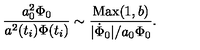
{ \frac { a _ { 0 } ^ { 2 } \Phi _ { 0 } } { a ^ { 2 } ( t _ { i } ) \Phi ( t _ { i } ) } } \sim { \frac { \mathrm { M a x } ( 1 , b ) } { | { \dot { \Phi } _ { 0 } } | / a _ { 0 } \Phi _ { 0 } } } .